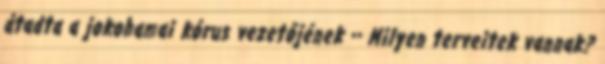
átadta a jokohamai kórus vezetőjének ·· Milyen terveitek vannak?